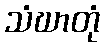
သံဃာတုံ